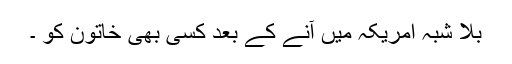
بلا شبہ امریکہ میں آنے کے بعد کسی بھی خاتون کو ۔